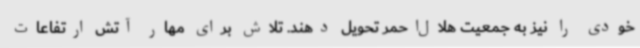
خودی را نیز به جمعیت هلال‌احمر تحویل دهند. تلاش برای مهار آتش ارتفاعات